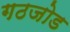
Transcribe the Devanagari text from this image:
गठजोड